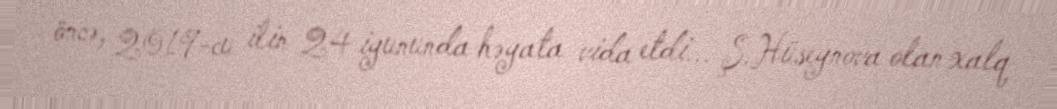
öncə, 2019-cu ilin 24 iyununda həyata vida etdi... Ş.Hüseynova olan xalq